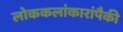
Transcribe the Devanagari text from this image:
लोककलांकारांपैकी